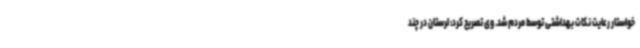
خواستار رعایت نکات بهداشتی توسط مردم شد. وی تصریح کرد: لرستان در چند